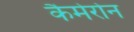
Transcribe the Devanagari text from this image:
कैमेरोन